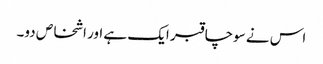
اس نے سوچا قبر ایک ہے اور اشخاص دو۔